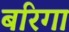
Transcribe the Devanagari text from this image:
बरिगा